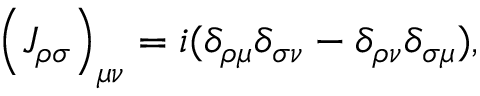
\left( { J _ { \rho \sigma } } \right) _ { \mu \nu } = i ( \delta _ { \rho \mu } \delta _ { \sigma \nu } - \delta _ { \rho \nu } \delta _ { \sigma \mu } ) ,